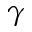
\gamma